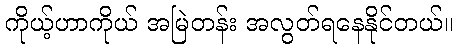
ကိုယ့်ဟာကိုယ် အမြဲတန်း အလွတ်ရနေနိုင်တယ်။